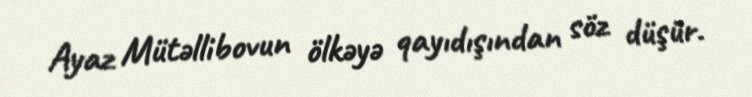
Ayaz Mütəllibovun ölkəyə qayıdışından söz düşür.